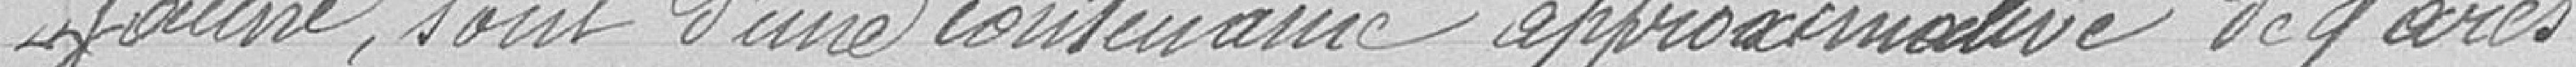
jaune, sont d'une contenance approximative de 9 ares.